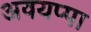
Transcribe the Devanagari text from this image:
अवयप्पा